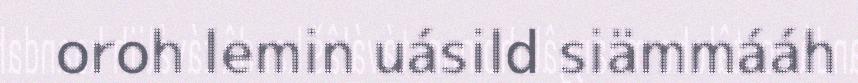
oroh lemin uásild siämmááh